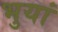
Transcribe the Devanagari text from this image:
भुयां